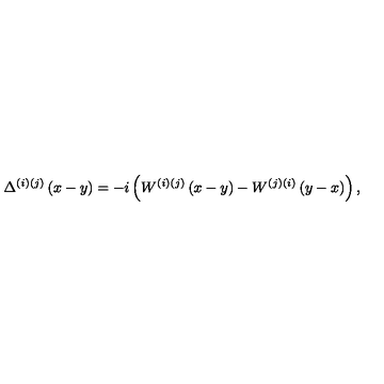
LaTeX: \Delta ^ { ( i ) ( j ) } \left( x - y \right) = - i \left( W ^ { ( i ) ( j ) } \left( x - y \right) - W ^ { ( j ) ( i ) } \left( y - x \right) \right) ,